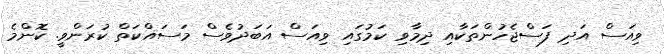
ވިއަސް އަދި ފަސްޖެހުންތަކާއި ދިމާވި ކަމުގައި ވިއަސް އަބަދުވެސް މަސައްކަތް ކުރަންވީ. ކޮންމެ